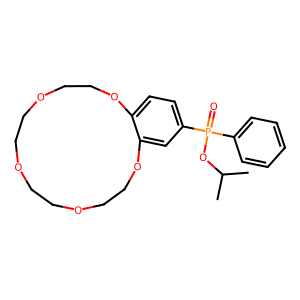
SMILES: CC(C)OP(=O)(c1ccccc1)c1ccc2c(c1)OCCOCCOCCOCCO2
Inhibits HIV replication: No